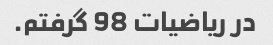
در ریاضیات 98 گرفتم.